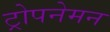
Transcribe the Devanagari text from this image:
ट्रोपनेमन